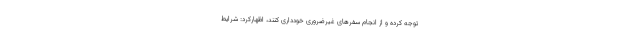
توجه کرده و از انجام سفرهای غیرضروری خودداری کنند، اظهارکرد: شرایط